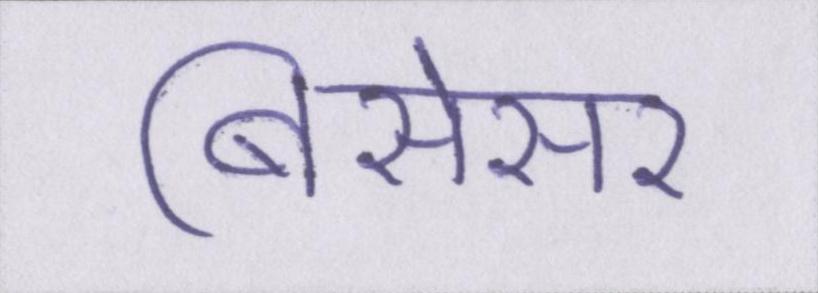
बिसेसर